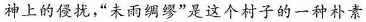
神上的侵扰，“未雨绸缪”是这个村子里的一种朴素